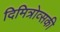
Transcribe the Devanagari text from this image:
दिमित्रोव्सकी